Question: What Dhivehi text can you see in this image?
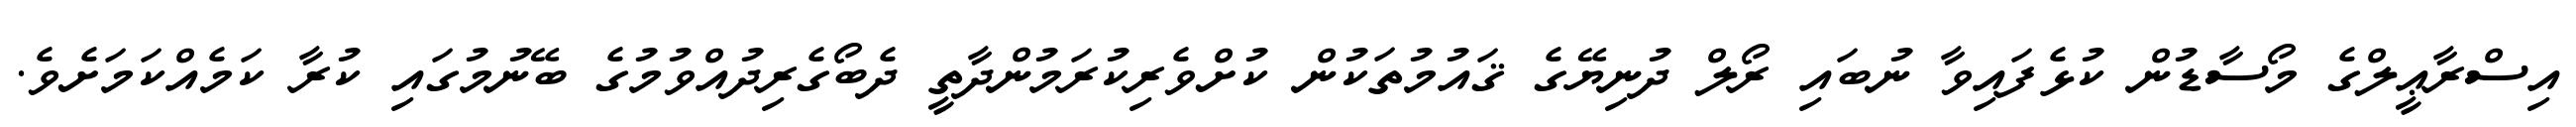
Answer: އިސްރާޢީލްގެ މޯސާޑުން ކުޅެފައިވާ ނުބައި ރޯލް ދުނިޔޭގެ ޤައުމުތަކުން ކުށްވެރިކުރަމުންދާތީ ދެބޯގެރިދުއްވުމުގެ ބޭނުމުގައި ކުރާ ކަމެއްކަމަށެވެ.